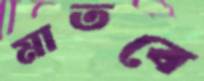
মাতবে